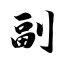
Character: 副